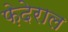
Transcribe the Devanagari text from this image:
फ़ेदेराल